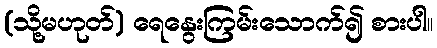
(သို့မဟုတ်) ရေနွေးကြမ်းသောက်၍ စားပါ။